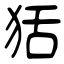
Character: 狧